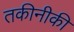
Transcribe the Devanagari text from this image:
तकीनीकी